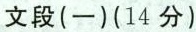
文段(一)(14分)